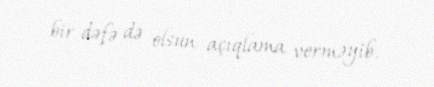
bir dəfə də olsun açıqlama verməyib.